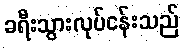
ခရီးသွားလုပ်ငန်းသည်